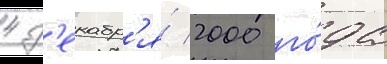
4 д'екабр'я́ 2000 го́да